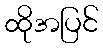
ထိုအပြင်